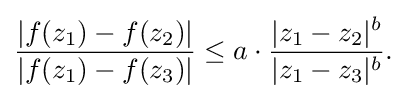
\displaystyle {{{|f(z_{1})-f(z_{2})| \over |f(z_{1})-f(z_{3})|}\leq a\cdot {|z_{1}-z_{2}|^{b} \over |z_{1}-z_{3}|^{b}}}.}